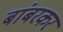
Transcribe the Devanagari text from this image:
बांबरकर